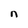
Character: n